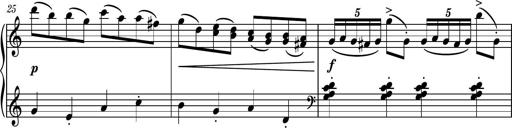
Title: Piano Sonatina No.3
Composer: Dimitri Sykias
Key: C major